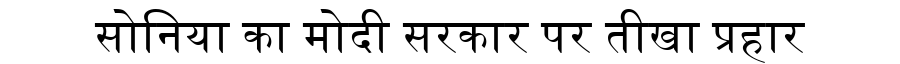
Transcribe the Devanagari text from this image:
सोनिया का मोदी सरकार पर तीखा प्रहार